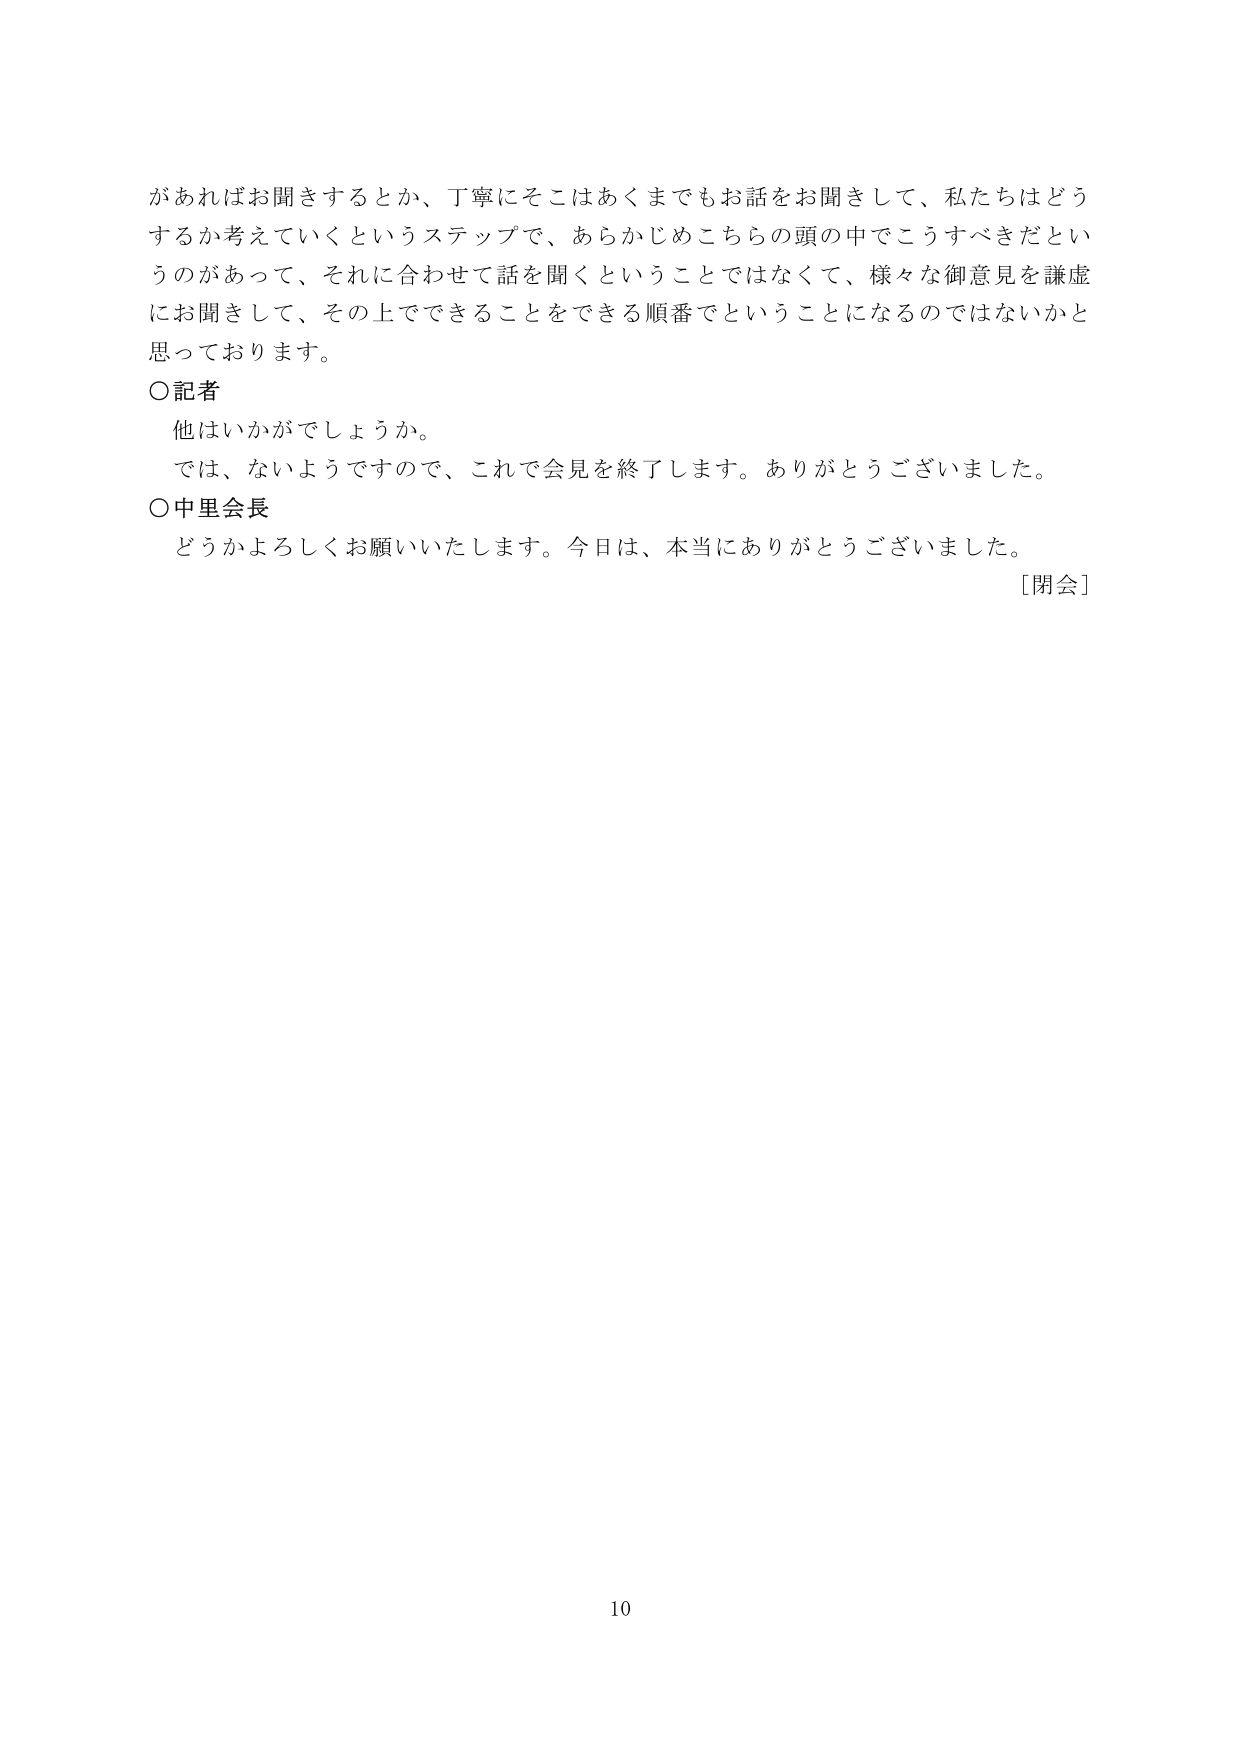
があればお聞きするとか、丁寧にそこはあくまでもお話をお聞きして、私たちはどうするか考えていくというステップで、あらかじめこちらの頭の中でこうすべきだというのがあって、それに合わせて話を聞くということではなくて、様々な御意見を謙虚にお聞きして、その上でできることをできる順番でということになるのではないかと思っております。

○記者
　他はいかがでしょうか。
　では、ないようですので、これで会見を終了します。ありがとうございました。

○中里会長
　どうかよろしくお願いいたします。今日は、本当にありがとうございました。

［閉会］

10